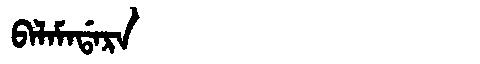
Manchu: ᠪᠠᠯᠠᠮᠠᡩᠠᡵᠠ
Romanization: BALAMADARA